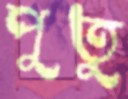
পুতু